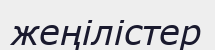
жеңілістер